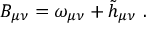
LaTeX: B _ { \mu \nu } = \omega _ { \mu \nu } + \tilde { h } _ { \mu \nu } \ .